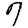
Digit: 7